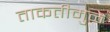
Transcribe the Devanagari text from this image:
ताकतीमुळे